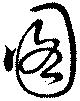
図